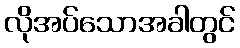
လိုအပ်သောအခါတွင်